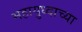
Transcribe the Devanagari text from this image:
महायुध्दाच्या